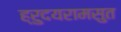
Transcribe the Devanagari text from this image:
ह्रुदयरामसुत